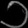
Digit: ၁